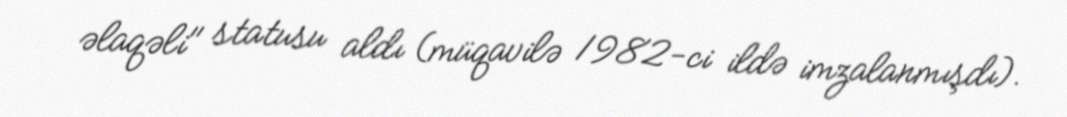
əlaqəli" statusu aldı (müqavilə 1982-ci ildə imzalanmışdı).